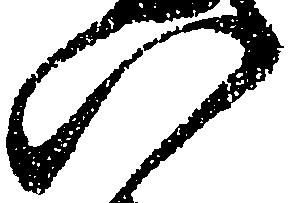
い